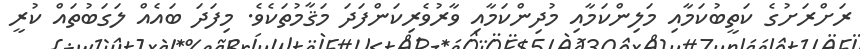
ރަށްރަށުގެ ކަތީބުކަމާއި މަލިންކަމާއި މުދިންކަމާއި ވާރުވެރިކަންފަދަ މަޤާމުތަކެވެ. މިފަދަ ބައެއް ލަގަބުތައް ކުރީ